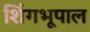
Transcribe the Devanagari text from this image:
शिंगभूपाल